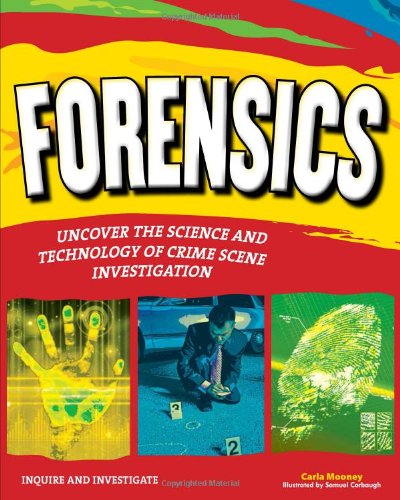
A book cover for FORENSICS: UNCOVER THE SCIENCE AND TECHNOLOGY OF CRIME SCENE INVESTIGATION (Inquire and Investigate); Carla Mooney; Children's Books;